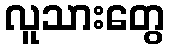
လူသားတွေ